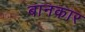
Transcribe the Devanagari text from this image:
बानकार